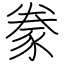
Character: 豢